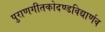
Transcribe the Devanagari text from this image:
पुराणगीतकोदण्डविद्यार्णव